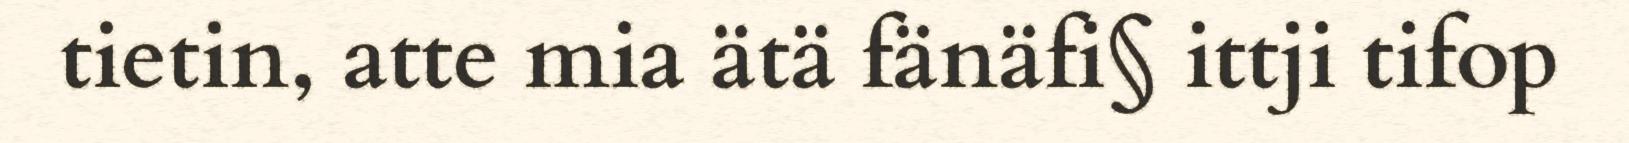
tietin, atte mia ätä fänäfi§ ittji tifop